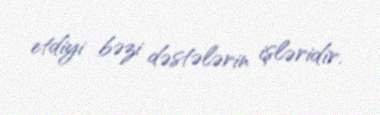
etdiyi bəzi dəstələrin işləridir.